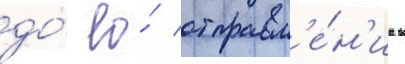
до́ ео́ отправл'е́н'иа в